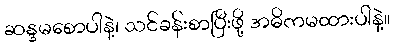
ဆန္ဒမစောပါနဲ့၊ သင်ခန်းစာပြီးဖို့ အဓိကမထားပါနဲ့။